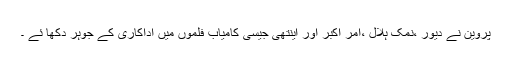
پروین نے دیور ،نمک ہلال ،امر اکبر اور اینتھی جیسی کامیاب فلموں میں اداکاری کے جوہر دکھا ئے ۔